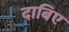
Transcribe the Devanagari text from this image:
दाबिए